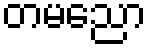
တမညော